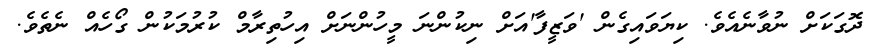
ދޮގަކަށް ނުވާނެއެވެ. ކިޔަވައިގެން 'ވަޒީފާ'އަށް ނިކުންނަ މީހުންނަށް އިހުތިރާމް ކުރުމަކުން ގޯހެއް ނެތެވެ.